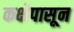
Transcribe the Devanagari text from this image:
कक्षेपासून